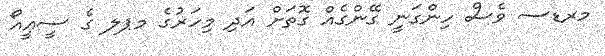
މރޑސ ވެސް ހިންގަނީ ގޭންގެއް ގޮތަށް އަދި މިހަޜުގެ މޕލ ގެ ސީއީއޯ